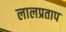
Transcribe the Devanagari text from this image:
लालप्रताप